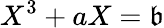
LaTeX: X^{3}+aX=\mathfrak{b}